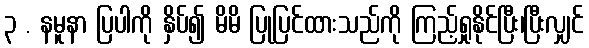
၃ . နမူနာ ပြပါကို နှိပ်၍ မိမိ ပြုပြင်ထားသည်ကို ကြည့်ရှုနိုင်ပြီး၊ပြီးလျှင်